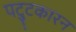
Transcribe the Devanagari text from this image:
पट्टुकारन